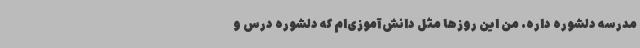
مدرسه دلشوره داره. من این روزها مثل دانش‌آموزی‌ام که دلشوره درس و